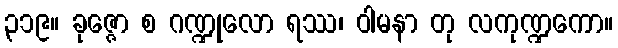
၃၁၉။ ခုဇ္ဇော စ ဂဏ္ဍုလော ရဿ၊ ဝါမနာ တု လကုဏ္ဍကော။